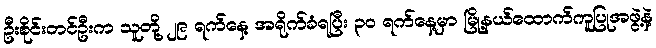
ဦးစိုင်းတင်ဦးက သူတို့ ၂၉ ရက်နေ့ အရိုက်ခံရပြီး ၃၀ ရက်နေ့မှာ မြို့နယ်ထောက်ကူပြုအဖွဲ့နဲ့